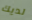
لديك